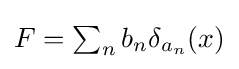
{\textstyle F=\sum _{n}b_{n}\delta _{a_{n}}(x)}